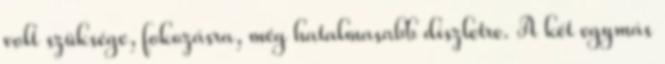
volt szüksége, fokozásra, még hatalmasabb díszletre. A két egymás